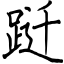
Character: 跹